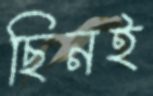
ছিনই